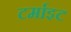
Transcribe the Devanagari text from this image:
टर्माइट